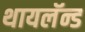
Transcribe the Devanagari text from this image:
थायलॅन्ड